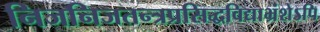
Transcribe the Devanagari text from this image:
निजनिजतन्त्रप्रसिद्धविद्याभ्रंशेऽपि